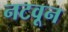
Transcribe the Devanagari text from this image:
नटवून